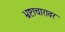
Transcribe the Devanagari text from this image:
भ्रष्टाचारावर